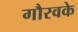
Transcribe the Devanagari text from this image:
गौरवके